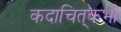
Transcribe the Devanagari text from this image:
कदाचित्‌कभी